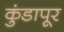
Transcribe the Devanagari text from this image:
कुंडापूर